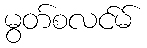
မွတ်စလင်မ်